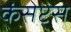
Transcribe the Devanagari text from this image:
कंसेप्ट्स